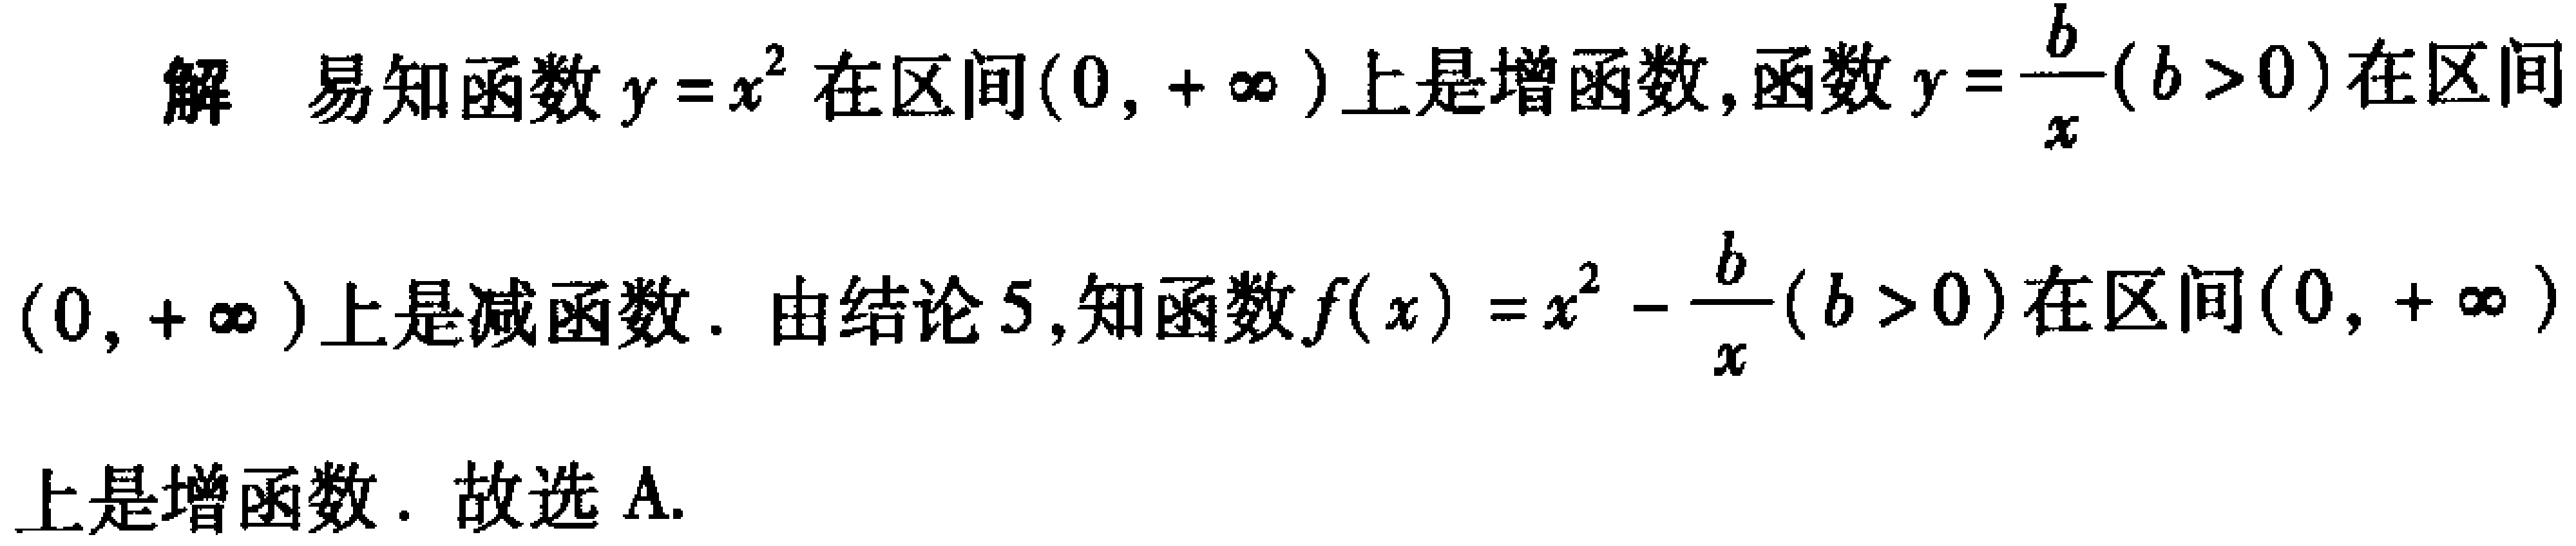
解 易知函数\(y = x^{2}\)在区间\((0, +\infty)\)上是增函数,函数\(y=\frac{b}{x}(b > 0)\)在区间\((0, +\infty)\)上是减函数. 由结论5,知函数\(f(x)=x^{2}-\frac{b}{x}(b > 0)\)在区间\((0, +\infty)\)上是增函数. 故选A.